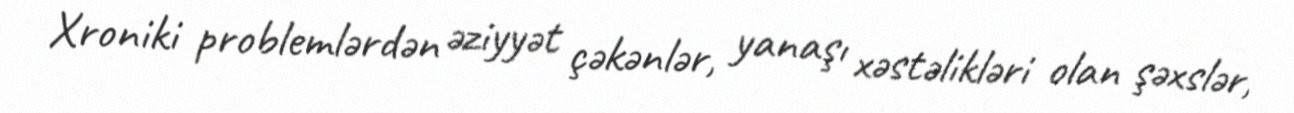
Xroniki problemlərdən əziyyət çəkənlər, yanaşı xəstəlikləri olan şəxslər,